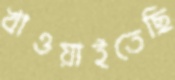
খাওয়াইতেছি